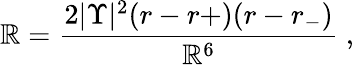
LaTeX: {\cal\mathbb{R}}=\frac{{2|\Upsilon|^{2}(r-r+)(r-r_{-})}}{{\mathbb{R}^{6}}}\ ,